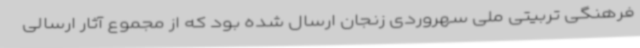
فرهنگی تربیتی ملی سهروردی زنجان ارسال شده بود که از مجموع آثار ارسالی